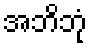
အဘိဘုံ